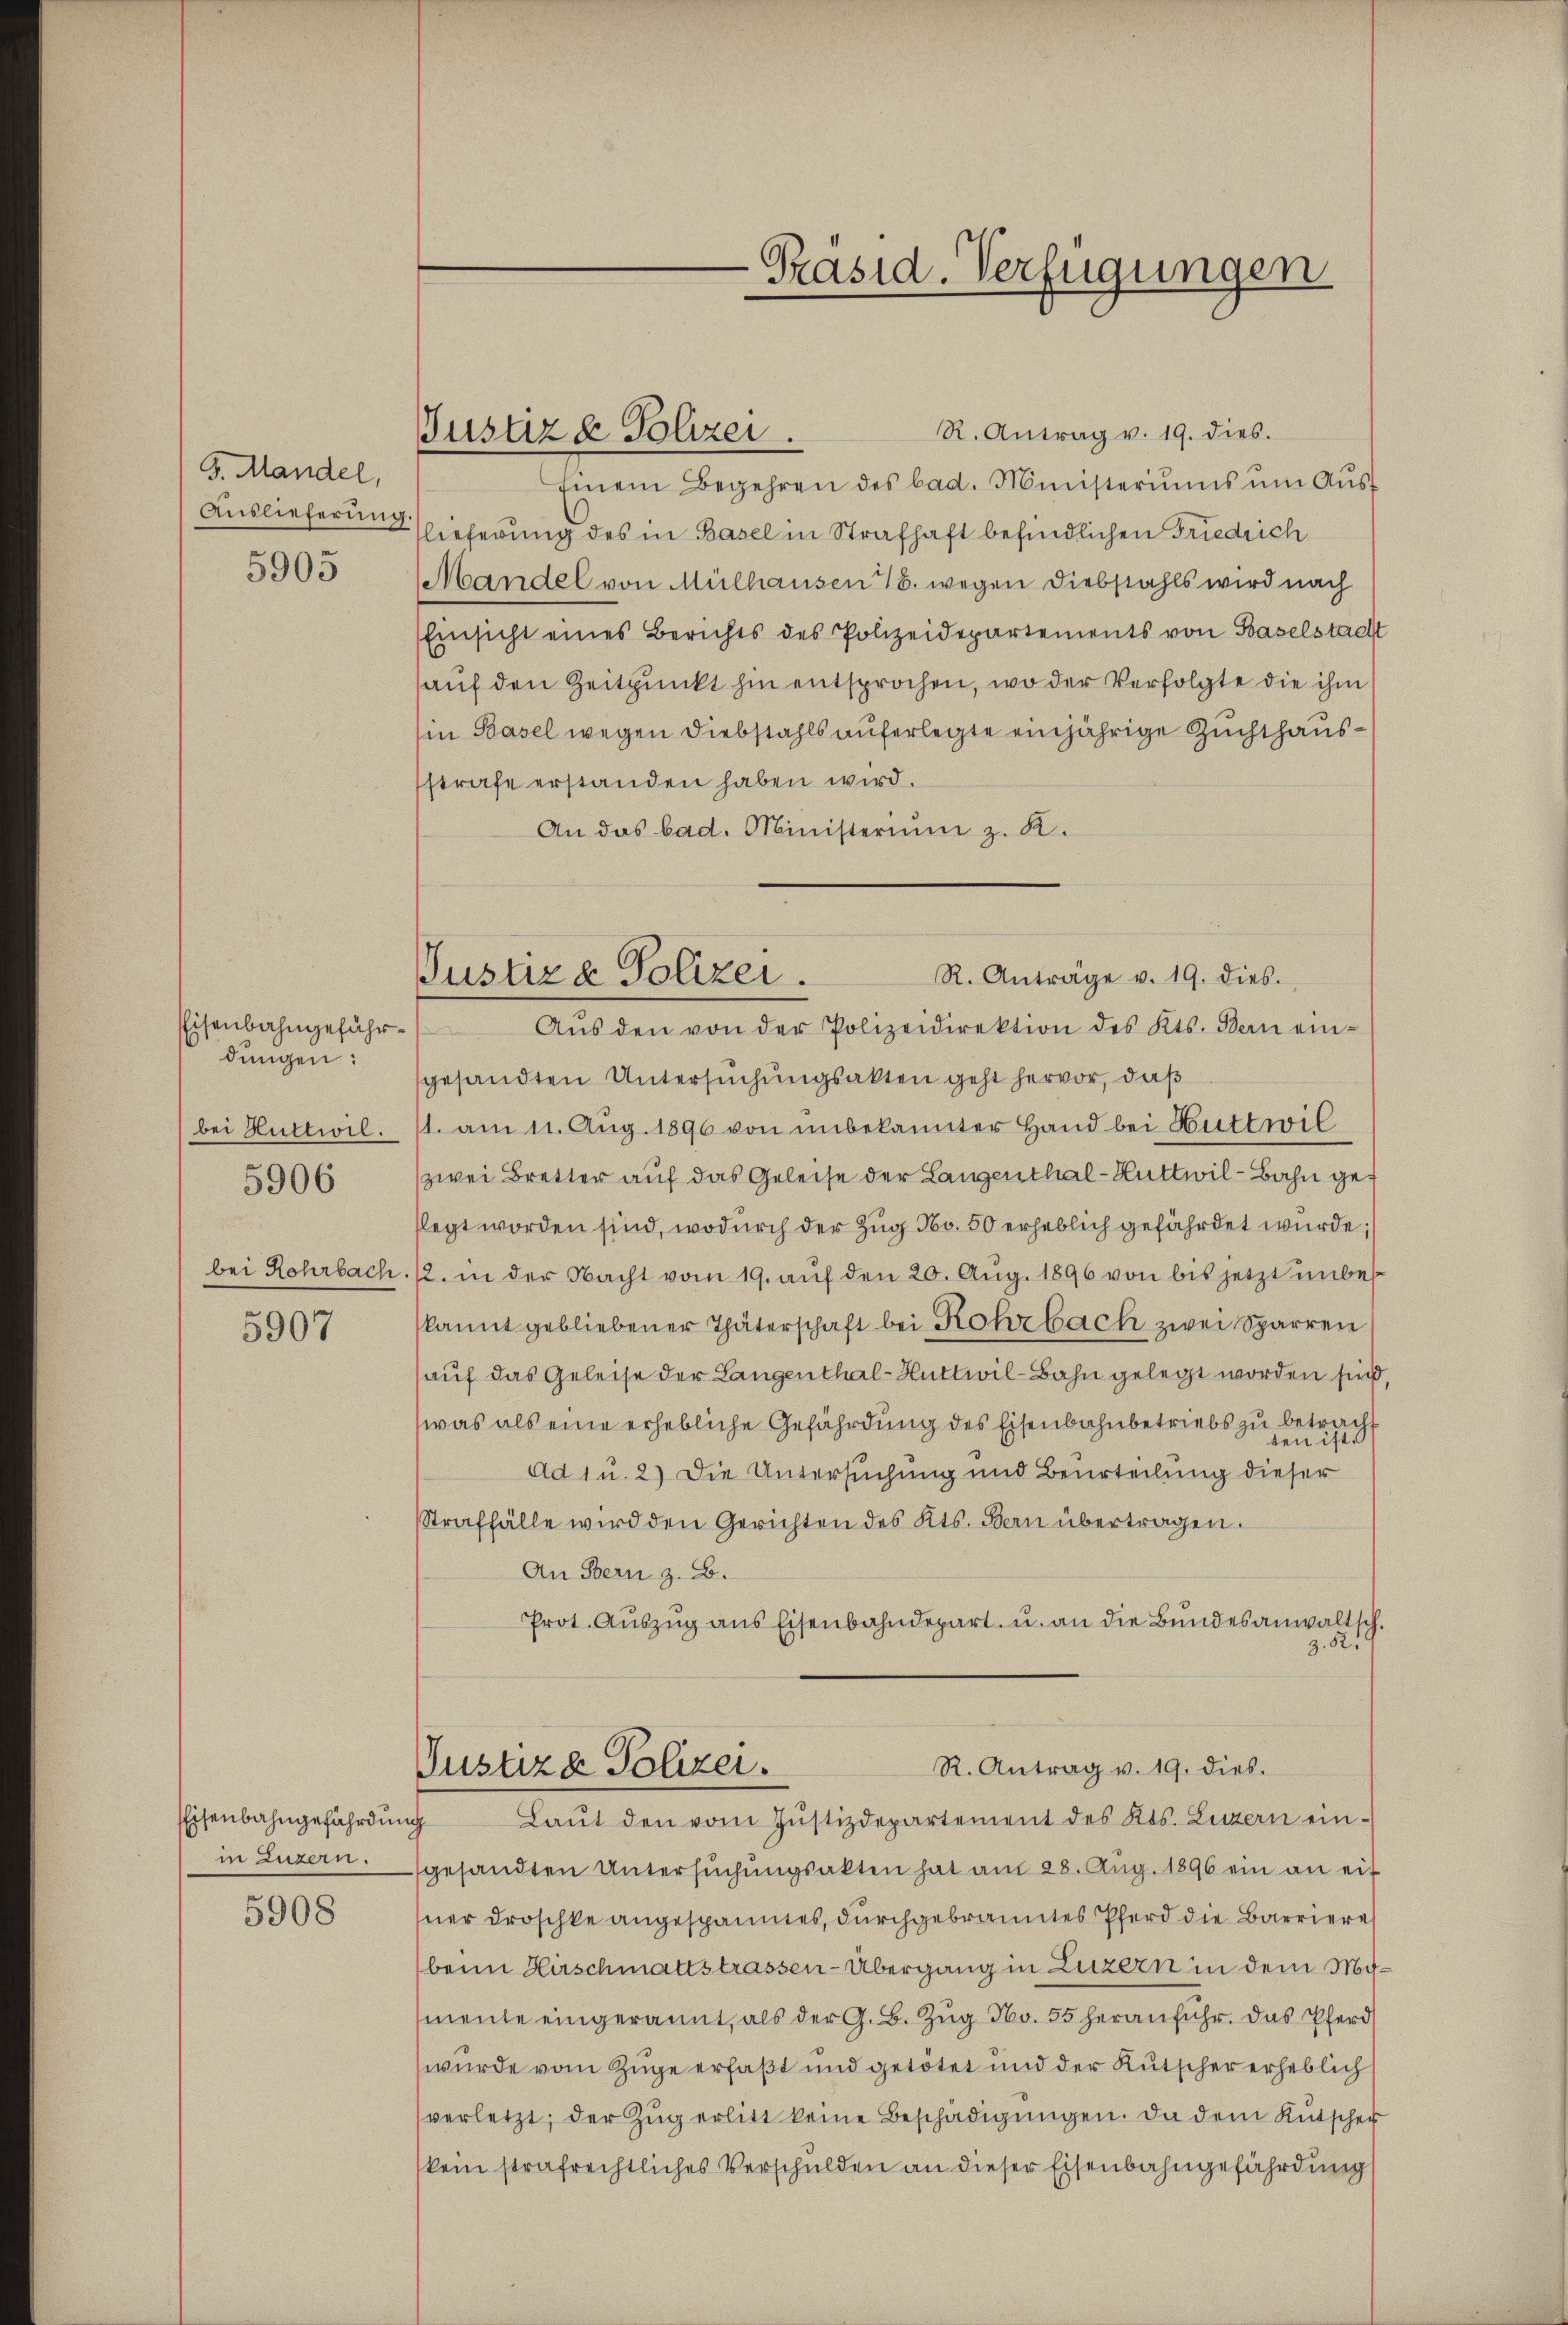
G. Mandel,
Auslieferung.

5905

Eisenbahngefährdungen:
bei Huttwil.
5906
bei Rehrbach.

5907

5908

Justiz & Polizei.

-Präsid. Verfügungen

R. Anträge v. 19. dies.
Justiz & Polizei.
Aŭs den von der Polizeidirektion des Kts. Bern ein-

R. Antrag v. 19. dies.
Einem Begehren des bad. Ministeriums ŭm Aŭs-
lieferung des in Basel in Strafhaft befindlichen Friedrich
Mandel von Mülhausen 18. wegen Diebstahls wird nach
Einsicht eines Berichts des Polizeidepartements von Baselstacht
auf den Zeitpunkt hin entsprochen, wo der Verfolgte die ihm
(in Basel wegen Diebstahls auferlegte einjährige Zuchthaussstrafe erstanden haben wird.
An das bad. Ministeriŭm z. K.
gesandten Untersŭchŭngsakten geht hervor, daß
1. am 11. Aug. 1896 von unbekannter Hand bei Huttwil
zwei Bretter auf das Geleise der Langenthal-Kuttwil-Bahn geflegt worden sind, wodurch der Zug No. 50 erheblich gefährdet wurde;
12. in der Nacht vom 19. auf den 20. Aug. 1896 von bis jetzt unbekannt gebliebener Thäterschaft bei Rohrbach zwei Sparren
auf das Geleise der Langenthal-Huttwil-Bahn gelegt worden sind
was als eine erhebliche Gefährdung des Eisenbahnbetriebs zu betrach
ad 1 u. 2) Die Untersuchung und Beurteilung dieser
Straffälle wird den Gerichten des Kts. Bern übertragen.
An Bern z. B.
Prot. Aŭszŭg ans Eisenbahndepart u. an die Bundesanwaltsch.
z. 52
R. Antrag v. 19. dies
Justiza Polizei.
Eisenbahngefährdung Laŭt den vom Jŭstizdepartement des Kts. Luzern ein-
in Luzern gesandten Untersŭchŭngsakten hat am 28. Aŭg. 1896 ein an eif
sner Droschke angespanntes, durchgebranntes Pferd die Barriere
beim Hirschmattstrassen-Übergang in Luzern in dem Mimente eingerannt, als der G. B. Zŭg No. 55 heranfuhr. Das Pferd
wurde vom Zuge erfaßt und getötet und der Kutscher erheblich
verletzt; der Zŭg erlitt keine Beschädigŭngen. Da dem Kutscher
kein strafrechtliches Verschulden an dieser Eisenbahngefährdung